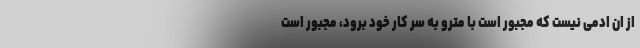
از ان ادمی نیست که مجبور است با مترو به سر کار خود برود، مجبور است